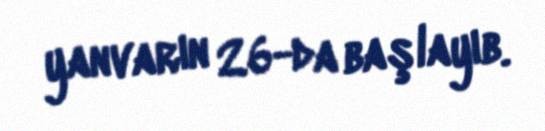
yanvarın 26-da başlayıb.